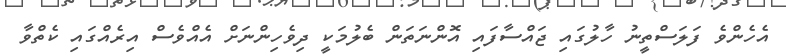
އެހެންވެ ފަލަސްތީނު ހާލުގައި ޖައްސާފައި އޮންނަތަން ބެލުމަކީ ދިވެހިންނަށް އެއްވެސް އިރެއްގައި ކެތްވާ